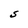
Character: S